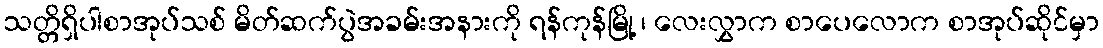
သတ္တိရှိပါစာအုပ်သစ် မိတ်ဆက်ပွဲအခမ်းအနားကို ရန်ကုန်မြို့ ၊ လေးလွှာက စာပေလောက စာအုပ်ဆိုင်မှာ